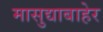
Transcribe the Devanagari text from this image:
मासुद्याबाहेर